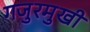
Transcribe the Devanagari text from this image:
गजुरमुखी